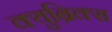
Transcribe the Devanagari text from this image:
क्युब्रिक्स